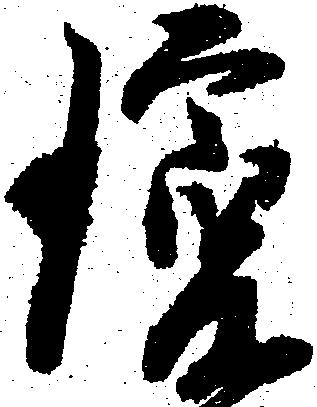
瓊